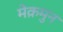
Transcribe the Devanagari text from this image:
मेक़मुन